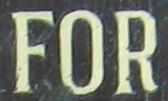
FOR